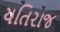
યતિરાજ